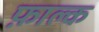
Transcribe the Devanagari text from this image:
फ़ाल्क